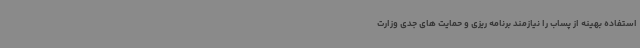
استفاده بهینه از پساب را نیازمند برنامه ریزی و حمایت های جدی وزارت